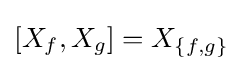
[X_{f},X_{g}]=X_{\{f,g\}}